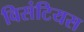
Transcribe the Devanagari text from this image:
विसंटियस